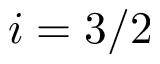
i = 3 / 2